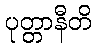
ပုတ္တာနီတိ